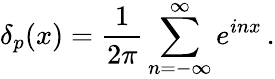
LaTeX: \delta_{p}(x)=\frac{1}{2\pi}\sum_{n=-\infty}^{\infty}e^{inx}\, .